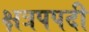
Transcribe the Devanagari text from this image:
क्षत्रपपदी